Malaria in the Punjab - Number 46
Disease focus: Malaria
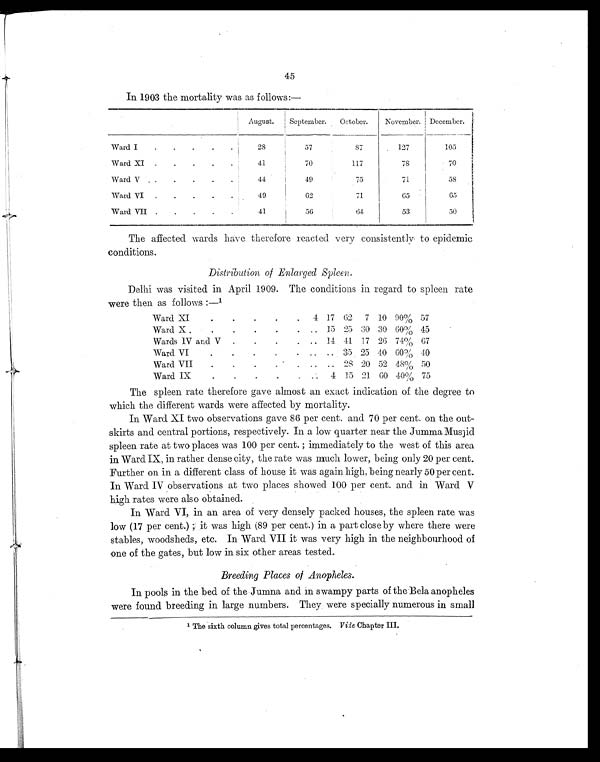
45
In 1903 the mortality was as follows:—
August.
September.
October.
November. December.
Ward I
.
.
.
.
.
28
57
87
127
105
Ward XI
.
.
.
.
.
41
70
117
78
70
Ward V
.
.
.
.
.
44
49
75
71
58
Ward VI
.
.
.
.
.
49
62
71
65
65
Ward VII .
.
.
.
.
41
56
64
53
50
The affected wards have therefore reacted very consistently to epidemic
conditions.
Distribution of Enlarged Spleen.
Delhi was visited in April 1909. The conditions in regard to spleen rate
were then as follows :— 1
Ward XI
.
.
.
.
.
4 17 62
7 10 90% 57
Ward X .
.
.
.
.
. ..
15 25 30 30 60% 45
Wards IV and V
.
. .
. ..
14 41 17 26 74% 67
Ward VI
.
.
.
.
. ..
.. 35 25 40 60% 40
Ward VII
.
.
.
.
.
.. .. 28 20 52 48% 50
Ward IX
.
.
.
.
. ..
4 15 21 60 40% 75
The spleen rate therefore gave almost an exact indication of the degree to
which the different wards were affected by mortality.
In Ward XI two observations gave 86 per cent. and 70 per cent. on the out-
skirts and central portions, respectively. In a low quarter near the Jumma Musjid
spleen rate at two places was 100 per cent. ; immediately to the west of this area
in Ward IX, in rather dense city, the rate was much lower, being only 20 per cent.
Further on in a different class of house it was again high, being nearly 50 per cent.
In Ward IV observations at two places showed 100 per cent. and in Ward V
high rates were also obtained.
In Ward VI, in an area of very densely packed houses, the spleen rate was
low (17 per cent.) ; it was high (89 per cent.) in a part close by where there were
stables, woodsheds, etc. In Ward VII it was very high in the neighbourhood of
one of the gates, but low in six other areas tested.
Breeding Places of Anopheles.
In pools in the bed of the Jumna and in swampy parts of the Bela anopheles
were found breeding in large numbers. They were specially numerous in small
1T h e s i x t hc o l u mn g i v e s t o t a l p e r c e n t a g e s .V i d eC h a p t e r I I I .